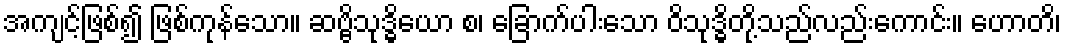
အကျင့်ဖြစ်၍ ဖြစ်ကုန်သော။ ဆဗ္ဗိသုဒ္ဓိယော စ၊ ခြောက်ပါးသော ဝိသုဒ္ဓိတို့သည်လည်းကောင်း။ ဟောတိ၊